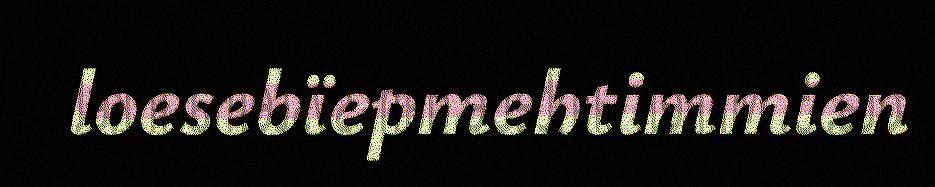
loesebïepmehtimmien